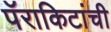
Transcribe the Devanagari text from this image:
पॅराकिटांची